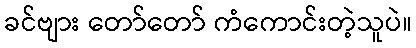
ခင်ဗျား တော်တော် ကံကောင်းတဲ့သူပဲ။